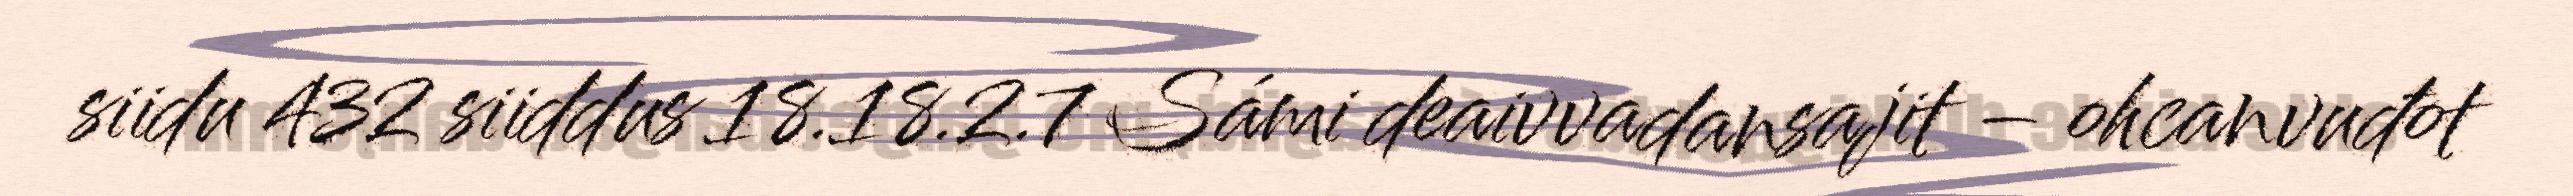
siidu 432 siiddus 18.18.2.7 Sámi deaivvadansajit – ohcanvuđot